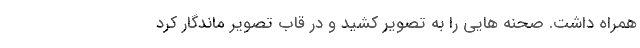
همراه داشت. صحنه‌ هایی را به تصویر کشید و در قاب تصویر ماندگار کرد